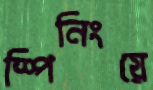
স্পিনিংয়ে